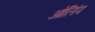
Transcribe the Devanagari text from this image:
ओलिंप